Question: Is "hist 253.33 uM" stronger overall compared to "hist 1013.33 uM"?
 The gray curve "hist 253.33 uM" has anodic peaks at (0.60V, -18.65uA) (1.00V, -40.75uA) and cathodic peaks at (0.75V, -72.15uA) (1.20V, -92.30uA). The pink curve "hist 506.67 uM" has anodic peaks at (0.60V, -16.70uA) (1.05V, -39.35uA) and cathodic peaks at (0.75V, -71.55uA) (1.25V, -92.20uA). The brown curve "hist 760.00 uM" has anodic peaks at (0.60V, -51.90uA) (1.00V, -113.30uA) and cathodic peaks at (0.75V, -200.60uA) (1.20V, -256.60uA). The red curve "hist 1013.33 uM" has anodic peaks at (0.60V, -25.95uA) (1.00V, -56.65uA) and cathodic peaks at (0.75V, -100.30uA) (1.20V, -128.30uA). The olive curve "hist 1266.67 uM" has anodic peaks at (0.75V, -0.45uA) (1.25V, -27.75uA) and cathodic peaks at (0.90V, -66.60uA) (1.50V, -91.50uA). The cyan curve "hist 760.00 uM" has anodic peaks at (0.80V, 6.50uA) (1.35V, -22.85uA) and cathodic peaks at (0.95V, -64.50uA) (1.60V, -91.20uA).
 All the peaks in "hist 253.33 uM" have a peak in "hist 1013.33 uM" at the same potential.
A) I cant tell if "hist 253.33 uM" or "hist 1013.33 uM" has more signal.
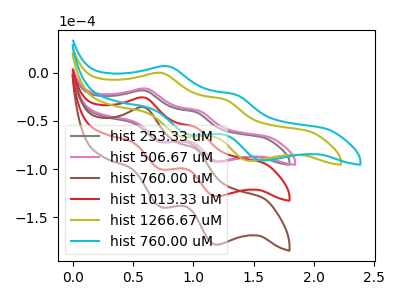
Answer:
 <answer>A) I cant tell if "hist 253.33 uM" or "hist 1013.33 uM" has more signal.</answer>
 <eval>A</eval>